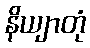
နိယျာတုံ